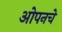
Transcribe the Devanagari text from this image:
ओपनचे